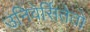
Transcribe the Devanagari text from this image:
उनिवेर्सितेतो